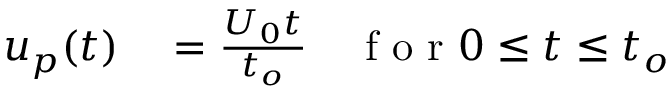
\begin{array} { r l r } { u _ { p } ( t ) } & { { } = \frac { U _ { 0 } t } { t _ { o } } } & { \mathrm { ~ f ~ o ~ r ~ } 0 \leq t \leq t _ { o } } \end{array}